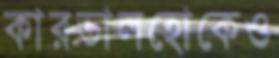
কারভালহোকেও